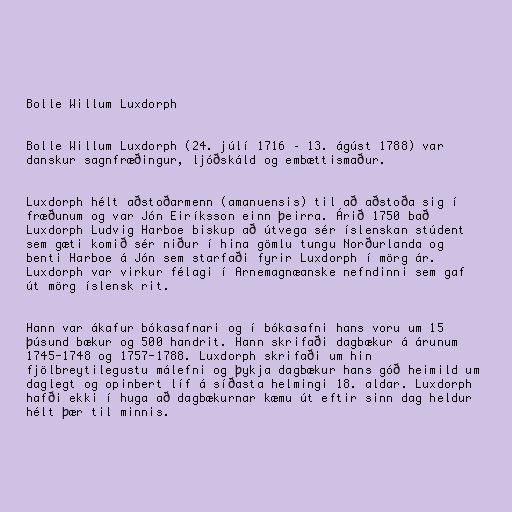
Bolle Willum Luxdorph

Bolle Willum Luxdorph (24. júlí 1716 – 13. ágúst 1788) var
danskur sagnfræðingur, ljóðskáld og embættismaður.

Luxdorph hélt aðstoðarmenn (amanuensis) til að aðstoða sig í
fræðunum og var Jón Eiríksson einn þeirra. Árið 1750 bað
Luxdorph Ludvig Harboe biskup að útvega sér íslenskan stúdent
sem gæti komið sér niður í hina gömlu tungu Norðurlanda og
benti Harboe á Jón sem starfaði fyrir Luxdorph í mörg ár.
Luxdorph var virkur félagi í Arnemagnæanske nefndinni sem gaf
út mörg íslensk rit.

Hann var ákafur bókasafnari og í bókasafni hans voru um 15
þúsund bækur og 500 handrit. Hann skrifaði dagbækur á árunum
1745-1748 og 1757-1788. Luxdorph skrifaði um hin
fjölbreytilegustu málefni og þykja dagbækur hans góð heimild um
daglegt og opinbert líf á síðasta helmingi 18. aldar. Luxdorph
hafði ekki í huga að dagbækurnar kæmu út eftir sinn dag heldur
hélt þær til minnis.